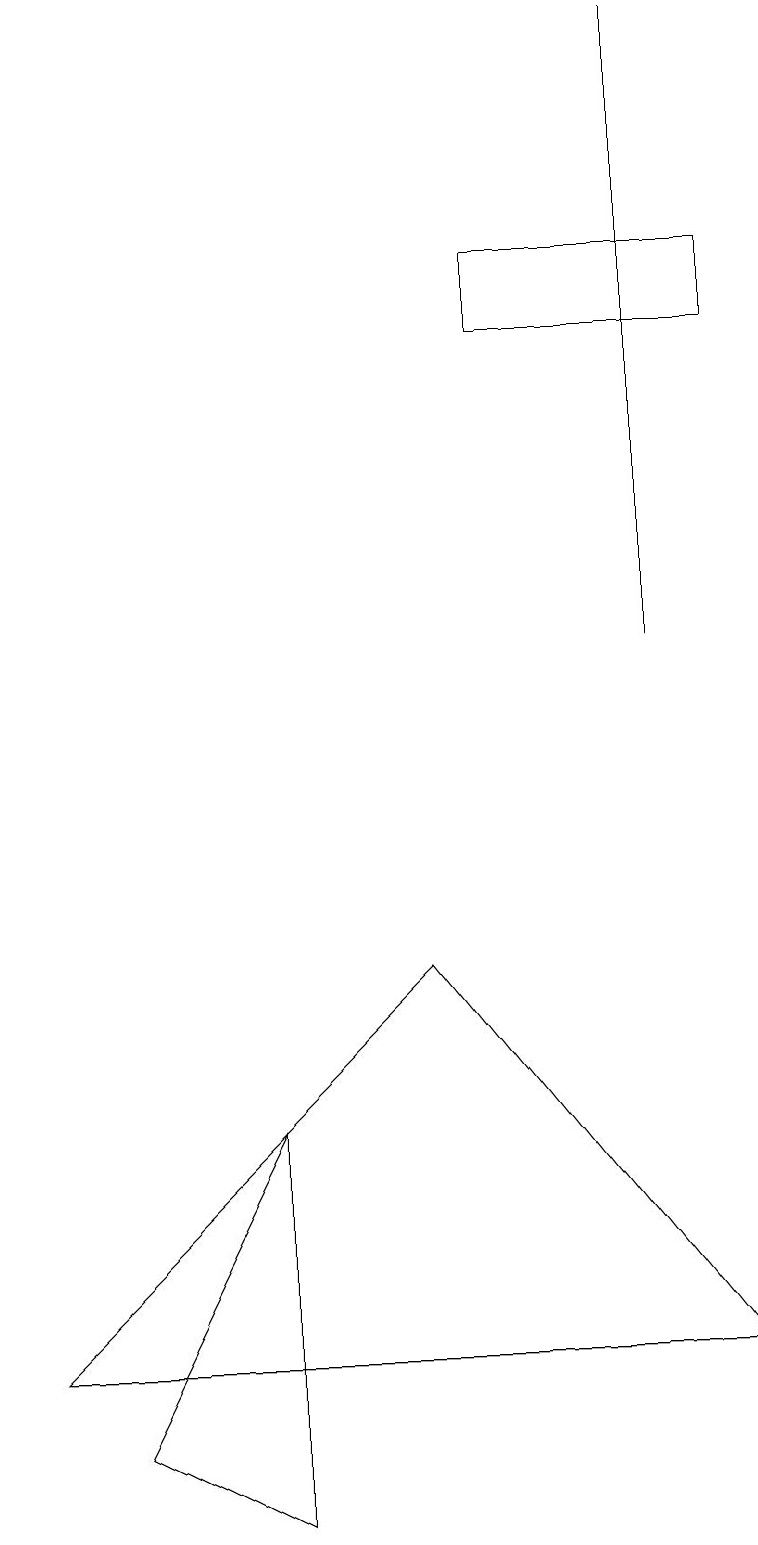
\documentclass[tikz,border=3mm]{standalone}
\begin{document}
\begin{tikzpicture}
\draw (8,19) rectangle (8,11);
\draw (9,15) rectangle (6,16);
\draw (5,7) -- (9,2) -- (0,2) -- cycle;
\draw (3,5) -- (1,1) -- (3,0) -- cycle;
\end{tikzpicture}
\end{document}